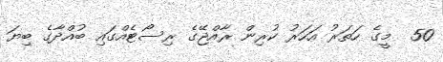
50  މީގެ ހަތަރު އަހަރު ކުރިން ރާއްޖޭގެ ރިސޯޓެއްގައި ބުއްދާގެ ބިޔަ